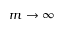
m \to \infty